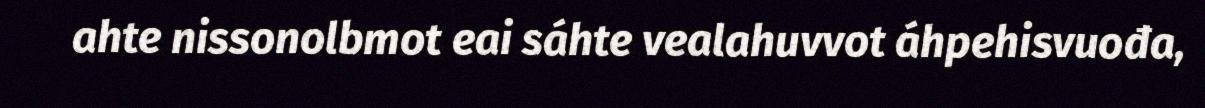
ahte nissonolbmot eai sáhte vealahuvvot áhpehisvuođa,